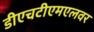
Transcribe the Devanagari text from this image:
डीएचटीएमएलवर